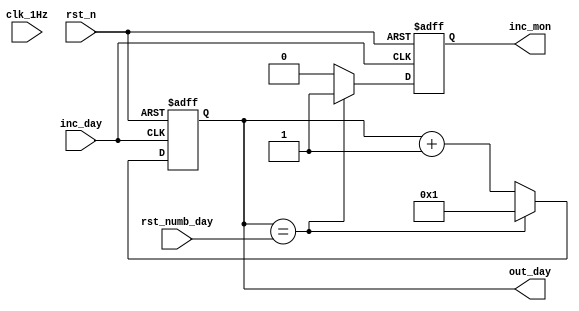
`timescale 10ns/1ps
module counter_day  (
	input clk_1Hz,    // Clock 1Hz
	input rst_n,  // Asynchronous reset active low
	input inc_day,
	input [5:0] rst_numb_day,
	output reg inc_mon,
	output reg [5:0] out_day 
);	
		
	always @(posedge inc_day  or negedge rst_n) begin
		if(~rst_n) begin
			out_day  <= 1;
			inc_mon <= 0;
		end else begin	
			if (out_day == rst_numb_day) begin
				out_day  <= 1;
				inc_mon <= 1;
			end
			else
			begin 
				out_day  <= out_day  + 1'b1;
				inc_mon <= 0;
			end
		end
	end
endmodule